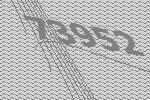
73952